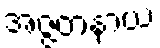
အဇ္ဇတနာယ